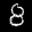
Label: 8